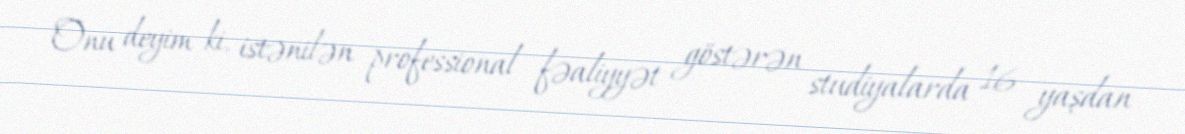
Onu deyim ki, istənilən professional fəaliyyət göstərən studiyalarda 16 yaşdan